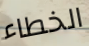
الخطاء